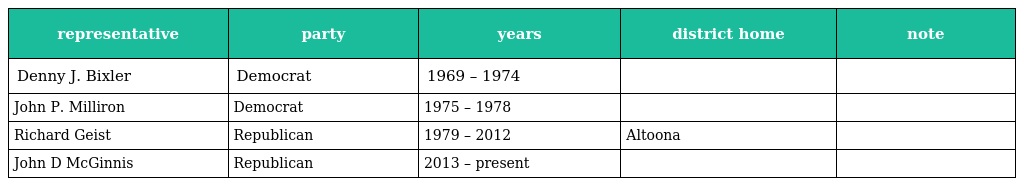
| representative | party | years | district home | note |
 | --- | --- | --- | --- | --- |
 | Denny J. Bixler | Democrat | 1969 – 1974 |  |  |
 | John P. Milliron | Democrat | 1975 – 1978 |  |  |
 | Richard Geist | Republican | 1979 – 2012 | Altoona |  |
 | John D McGinnis | Republican | 2013 – present |  |  |